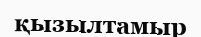
қызылтамыр